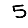
Digit: 5